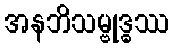
အနဘိသမ္ဗုဒ္ဓဿ